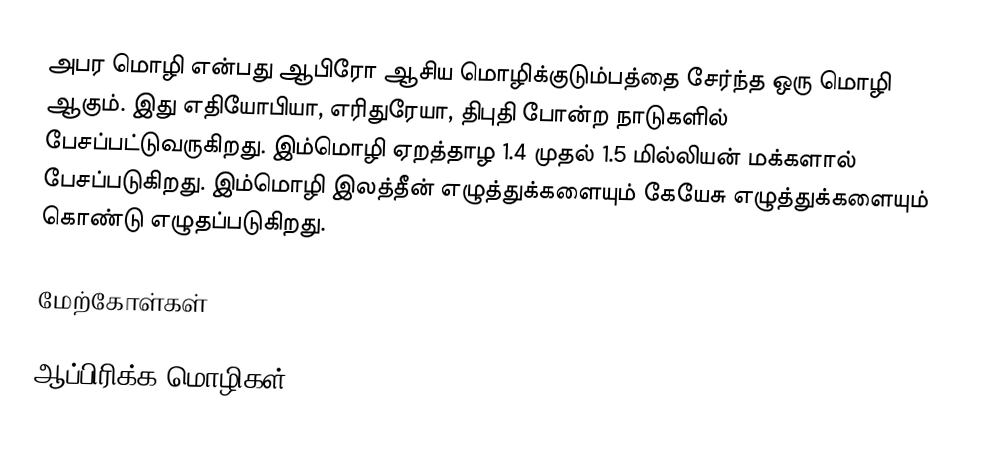
அபர மொழி என்பது ஆபிரோ ஆசிய மொழிக்குடும்பத்தை சேர்ந்த ஒரு மொழி ஆகும். இது எதியோபியா, எரிதுரேயா, திபுதி போன்ற நாடுகளில் பேசப்பட்டுவருகிறது. இம்மொழி ஏறத்தாழ 1.4 முதல் 1.5 மில்லியன் மக்களால் பேசப்படுகிறது. இம்மொழி இலத்தீன் எழுத்துக்களையும் கேயேசு எழுத்துக்களையும் கொண்டு எழுதப்படுகிறது.

மேற்கோள்கள்

ஆப்பிரிக்க மொழிகள்